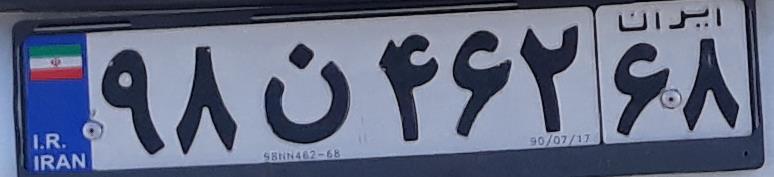
۹۸ن۴۶۲۶۸